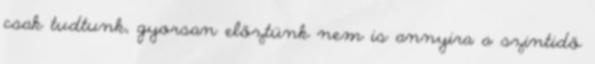
csak tudtunk, gyorsan előztünk nem is annyira a szintidő